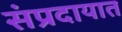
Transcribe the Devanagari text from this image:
संंप्रदायात